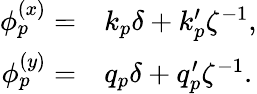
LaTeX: \begin{array}{rl}{\phi_{p}^{(x)}=}&{{}k_{p}\delta+k_{p}^{\prime}\zeta^{-1},}\\ {\phi_{p}^{(y)}=}&{{}q_{p}\delta+q_{p}^{\prime}\zeta^{-1}.}\end{array}